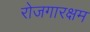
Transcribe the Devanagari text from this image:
रोजगारक्षम